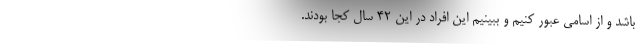
باشد و از اسامی عبور کنیم و ببینیم این افراد در این 42 سال کجا بودند.